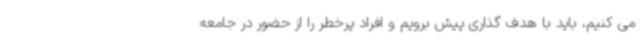
می کنیم، باید با هدف گذاری پیش برویم و افراد پرخطر را از حضور در جامعه